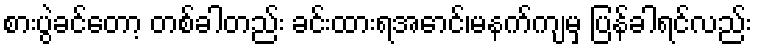
စားပွဲခင်တော့ တစ်ခါတည်း ခင်းထားရအောင်၊မနက်ကျမှ ပြန်ခါရင်လည်း